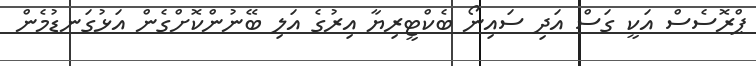
ޕްރޮސެސް އަކީ ގަސް އަދި ސައިނޯ ބެކްޓީރިޔާ އިރުގެ އަލި ބޭނުންކޮށްގެން އަޅުގަނޑުމެން